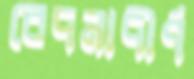
বেদনাদীর্ণ